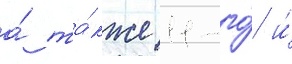
а́ та́кже 11-го́ и́